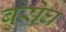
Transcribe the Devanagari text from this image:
बुरोघ